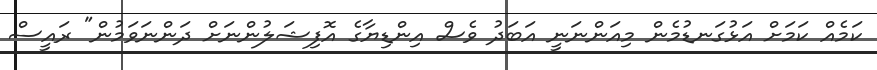
ކަމެއް ކަމަށް އަޅުގަނޑުމެން މިއަންނަނީ އަބަދު ވެސް އިންޑިޔާގެ އޮފިޝަލުންނަށް ދަންނަވަމުން" ރައީސް